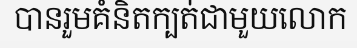
បានរួមគំនិតក្បត់ជាមួយលោក